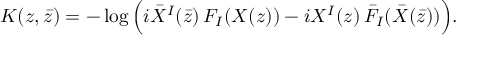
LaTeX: K ( z , \bar { z } ) = - \log \Big ( i \bar { X } ^ { I } ( \bar { z } ) \, F _ { I } ( X ( z ) ) - i X ^ { I } ( z ) \, \bar { F } _ { I } ( \bar { X } ( \bar { z } ) ) \Big ) .